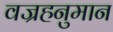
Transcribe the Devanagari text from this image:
वज्रहनुमान